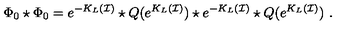
\Phi _ { 0 } \star \Phi _ { 0 } = e ^ { - K _ { L } ( \mathcal { I } ) } \star Q ( e ^ { K _ { L } ( \mathcal { I } ) } ) \star e ^ { - K _ { L } ( \mathcal { I } ) } \star Q ( e ^ { K _ { L } ( \mathcal { I } ) } ) \ .